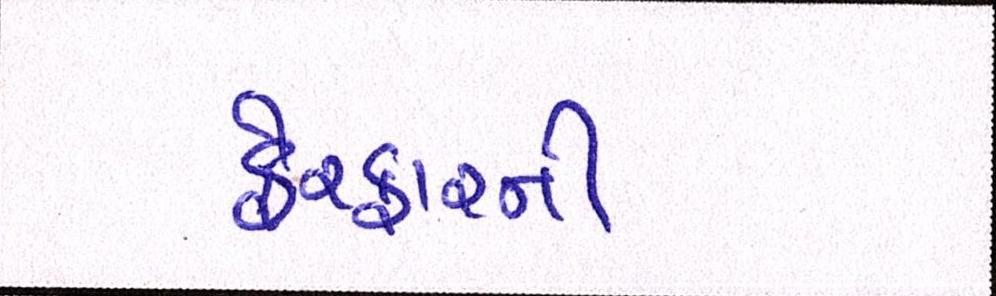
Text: ફેરફારની